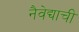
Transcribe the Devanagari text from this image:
नैवेद्याची